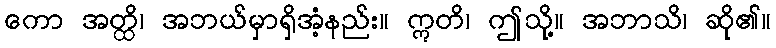
ကော အတ္ထိ၊ အဘယ်မှာရှိအံ့နည်း။ ဣတိ၊ ဤသို့။ အဘာသိ၊ ဆို၏။